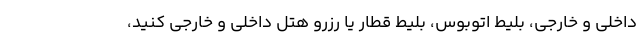
داخلی و خارجی، بلیط اتوبوس، بلیط قطار یا رزرو هتل داخلی و خارجی کنید،